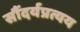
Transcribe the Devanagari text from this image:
सौंदर्यप्रत्यय